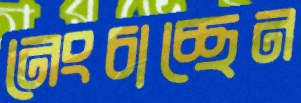
নেংচাচ্ছেন